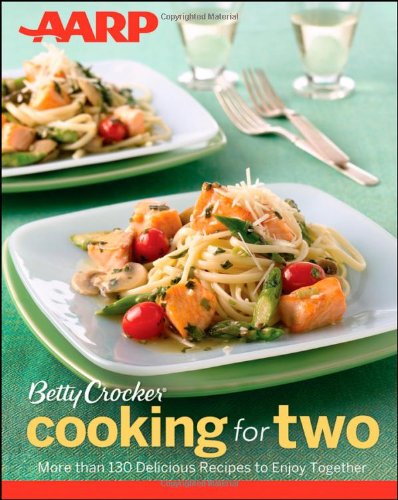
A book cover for AARP/Betty Crocker Cooking for Two; Betty Crocker; Cookbooks, Food & Wine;